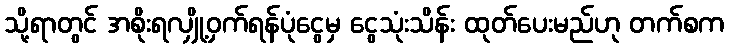
သို့ရာတွင် အစိုးရလျှို့ဝှက်ရန်ပုံငွေမှ ငွေသုံးသိန်း ထုတ်ပေးမည်ဟု တက်စက